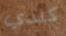
كندي